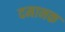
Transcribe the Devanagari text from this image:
दमानक